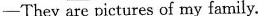
1. My father and my mother are my\underline(parent).